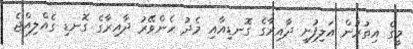
މީގެ އިތުރުން އަލިފުށީ ދާއިރާގެ ގޮނޑިއާއި މެދު ހެންވޭރު ދާއިރާގެ ގޮނޑި ގެއްލިއްޖެ